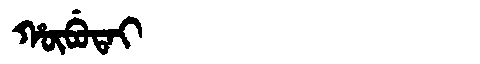
Manchu: ᡥᡡᠪᡠᡨᠠᡳ
Romanization: HŪBUTAI